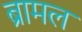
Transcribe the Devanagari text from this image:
ब्रामल